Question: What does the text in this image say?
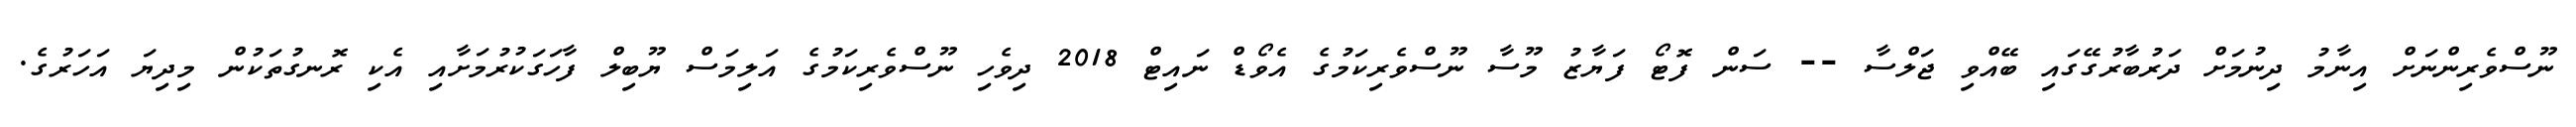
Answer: ނޫސްވެރިންނަށް އިނާމު ދިނުމަށް ދަރުބާރުގޭގައި ބޭއްވި ޖަލްސާ -- ސަން ފޮޓޯ ފަޔާޒު މޫސާ ނޫސްވެރިކަމުގެ އެވޯޑް ނައިޓް 2018 ދިވެހި ނޫސްވެރިކަމުގެ އަލިމަސް ޔޫބިލް ފާހަގަކުރުމަށާއި އެކި ރޮނގުތަކުން މިދިޔަ އަހަރުގެ.